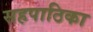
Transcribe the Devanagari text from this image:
सहपाठिका